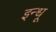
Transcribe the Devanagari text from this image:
इन्धू